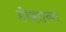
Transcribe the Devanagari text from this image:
होझाना